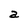
Character: a